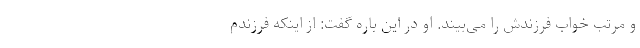
و مرتب خواب فرزندش را می‌بیند. او در این باره گفت: از اینکه فرزندم